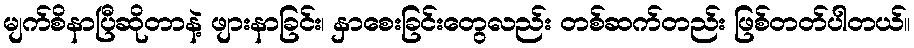
မျက်စိနာပြီဆိုတာနဲ့ ဖျားနာခြင်း၊ နှာစေးခြင်းတွေလည်း တစ်ဆက်တည်း ဖြစ်တတ်ပါတယ်။